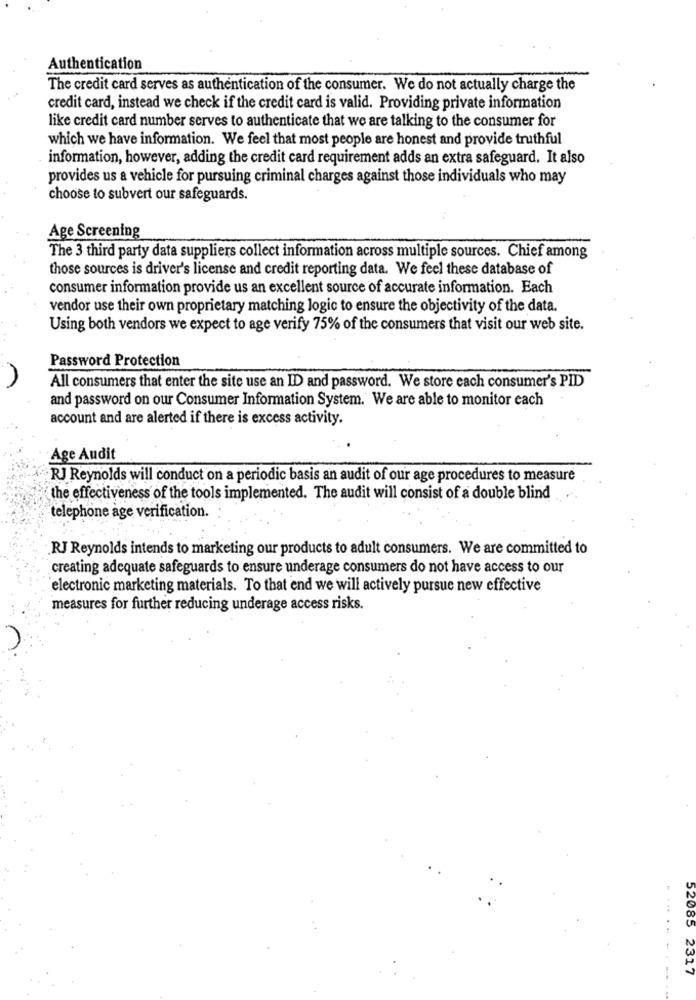
Authentication
The credit card serves as authentication of the consumer. We do not actually charge the
credit card, instead we check if the credit card is valid. Providing private information
like credit card number serves to authenticate that we are talking to the consumer for
which we have information. We feel that most people are honest and provide truthful
information, however, adding the credit card requirement adds an extra safeguard. It also
provides us a vehicle for pursuing criminal charges against those individuals who may
choose to subvert our safeguards.
Age Screening
The 3 third party data suppliers collect information across multiple sources. Chief among
those sources is driver's license and credit reporting data. We feel these database of
consumer information provide us an excellent source of accurate information. Each
vendor use their own proprietary matching logic to ensure the objectivity of the data.
Using both vendors we expect to age verify 75% of the consumers that visit our web site.
Password Protection
All consumers that enter the site use an ID and password. We store each consumer's PID
and password on our Consumer Information System. We are able to monitor each
account and are alerted if there is excess activity.
Age Audit
RJ Reynolds will conduct on a periodic basis an audit of our age procedures to measure
the effectiveness of the tools implemented. The audit will consist of a double blind
telephone age verification.
RJ Reynolds intends to marketing our products to adult consumers. We are committed to
creating adequate safeguards to ensure underage consumers do not have access to our
electronic marketing materials. To that end we will actively pursue new effective
measures for further reducing underage access risks.
... ..
52085 2317